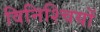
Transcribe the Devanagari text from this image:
विनिश्चियों